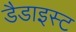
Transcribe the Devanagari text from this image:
डैडाइस्ट